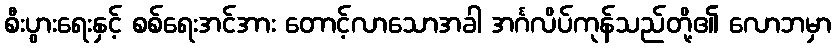
စီးပွားရေးနှင့် စစ်ရေးအင်အား တောင့်လာသောအခါ အင်္ဂလိပ်ကုန်သည်တို့၏ လောဘမှာ